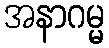
အနာဂမ္မ